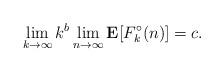
LaTeX: \begin{align*} \lim_{k\to\infty} k^b \lim_{n\to\infty}\mathbf E[F_k^\circ(n)] = c. \end{align*}